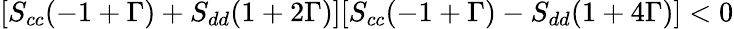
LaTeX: [S_{cc}(-1+\Gamma)+S_{dd}(1+2\Gamma)][S_{cc}(-1+\Gamma)-S_{dd}(1+4\Gamma)]<0